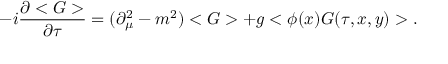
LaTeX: - i \frac { \partial < G > } { \partial \tau } = ( \partial _ { \mu } ^ { 2 } - m ^ { 2 } ) < G > + g < \phi ( x ) G ( \tau , x , y ) > .